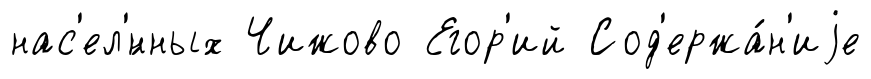
нас'ел'́нных Чижово Егор'ий Сод'ержа́н'иjе